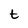
Character: t